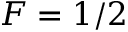
F = 1 / 2